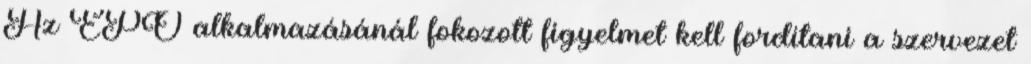
Az EPO alkalmazásánál fokozott figyelmet kell fordítani a szervezet